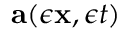
{ \mathbf { a } } ( \epsilon { \mathbf { x } } , \epsilon t )